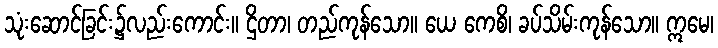
သုံးဆောင်ခြင်း၌လည်းကောင်း။ ဌိတာ၊ တည်ကုန်သော။ ယေ ကေစိ၊ ခပ်သိမ်းကုန်သော။ ဣမေ၊